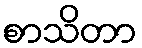
စာသိတာ